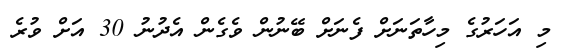
މި އަހަރުގެ މިހާތަނަށް ފެނަށް ބޭނުން ވެގެން އެދުނު 30 އަށް ވުރެ